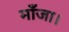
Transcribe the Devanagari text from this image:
माँजा।